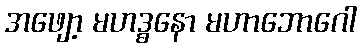
အဖျော့ မဟဒ္ဓနော မဟာဘောဂေါ